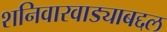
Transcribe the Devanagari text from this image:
शनिवारवाड्याबद्दल